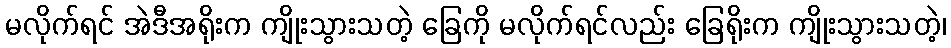
မလိုက်ရင် အဲဒီအရိုးက ကျိုးသွားသတဲ့ ခြေကို မလိုက်ရင်လည်း ခြေရိုးက ကျိုးသွားသတဲ့၊